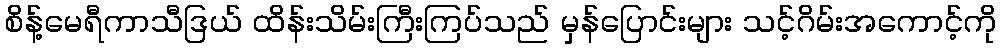
စိန့်မေရီကာသီဒြယ် ထိန်းသိမ်းကြီးကြပ်သည် မှန်ပြောင်းများ သင့်ဂိမ်းအကောင့်ကို